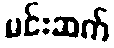
မင်းဆက်